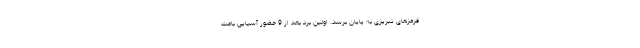
قرمزهای تبریزی به پایان برسد. اولین برد بعد از 9 حضور آسیایی باعث